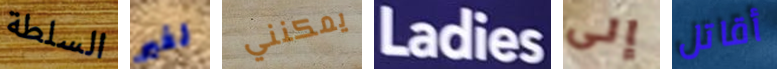
السلطة لغير يمكنني Ladies إلى أقاتل